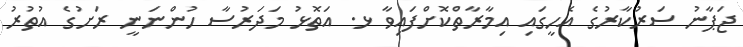
ޖަޕާނު ސަރުކާރުގެ އެހީގައި އިމާރާތްކޮށްފައިވާ ޅ. އަތޮޅު މަދަރުސާ ހުންނަނީ ރަށުގެ އުތުރު